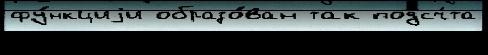
фу́нкциjи образо́ван так подсч́та